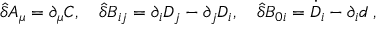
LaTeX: { \hat { \delta } } A _ { \mu } = \partial _ { \mu } C , \quad { \hat { \delta } } B _ { i j } = \partial _ { i } D _ { j } - \partial _ { j } D _ { i } , \quad { \hat { \delta } } B _ { 0 i } = { \dot { D } } _ { i } - \partial _ { i } d \; ,